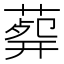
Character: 𦸟